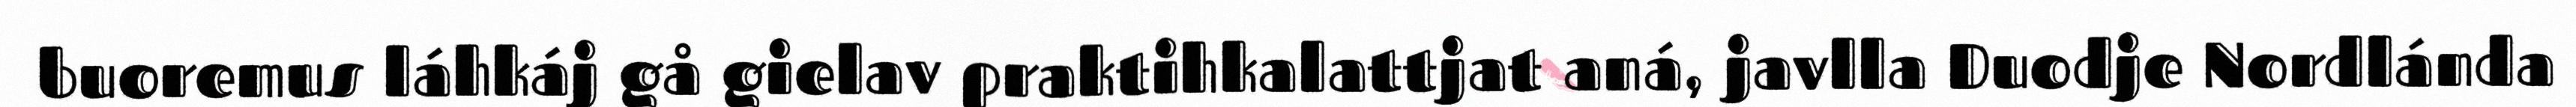
buoremus láhkáj gå gielav praktihkalattjat aná, javlla Duodje Nordlánda